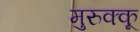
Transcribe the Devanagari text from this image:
मुरुक्कू